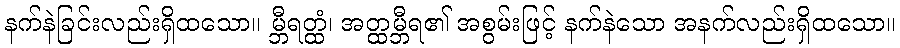
နက်နဲခြင်းလည်းရှိထသော။ မ္ဘီရတ္ထံ၊ အတ္ထမ္ဘီရ၏ အစွမ်းဖြင့် နက်နဲသော အနက်လည်းရှိထသော။